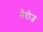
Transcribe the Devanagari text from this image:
नैरोज